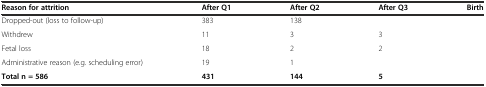
<table><thead><tr><td><b>Reason for attrition</b></td><td><b>After Q1</b></td><td><b>After Q2</b></td><td><b>After Q3</b></td><td><b>Birth</b></td></tr></thead><tbody><tr><td>Dropped-out (loss to follow-up)</td><td>383</td><td>138</td><td></td><td></td></tr><tr><td>Withdrew</td><td>11</td><td>3</td><td>3</td><td></td></tr><tr><td>Fetal loss</td><td>18</td><td>2</td><td>2</td><td></td></tr><tr><td>Administrative reason (e.g. scheduling error)</td><td>19</td><td>1</td><td></td><td></td></tr><tr><td><b>Total n = 586</b></td><td><b>431</b></td><td><b>144</b></td><td><b>5</b></td><td></td></tr></tbody></table>